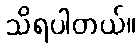
သိရပါတယ်။